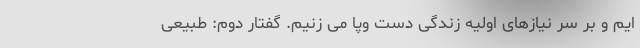
ایم و بر سر نیازهای اولیه زندگی دست وپا می زنیم. گفتار دوم: طبیعی